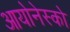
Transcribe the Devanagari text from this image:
आयोनेस्को